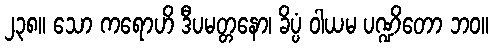
၂၃၈။ သော ကရောဟိ ဒီပမတ္တနော၊ ခိပ္ပံ ဝါယမ ပဏ္ဍိတော ဘဝ။